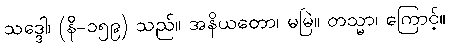
သဒ္ဒေါ၊ (နိ-၁၅၉) သည်။ အနိယတော၊ မမြဲ။ တသ္မာ၊ ကြောင့်။